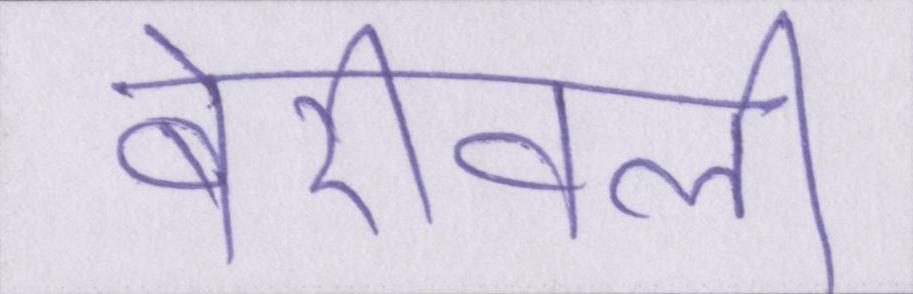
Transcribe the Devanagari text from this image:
बोरिवली